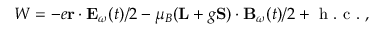
W = - e \mathbf { r } \cdot \mathbf { E } _ { \omega } ( t ) / 2 - \mu _ { B } ( \mathbf { L } + g \mathbf { S ) } \cdot \mathbf { B } _ { \omega } ( t ) / 2 + \mathrm { ~ h ~ . ~ c ~ . ~ } ,